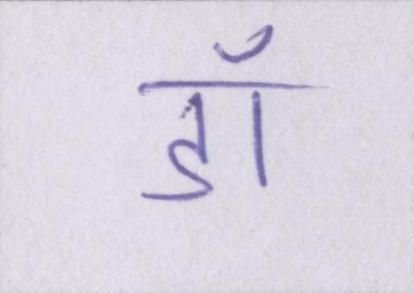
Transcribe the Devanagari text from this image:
डॉ